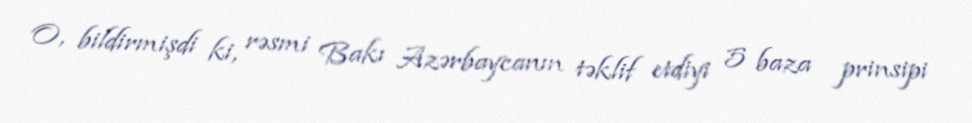
O, bildirmişdi ki, rəsmi Bakı Azərbaycanın təklif etdiyi 5 baza prinsipi